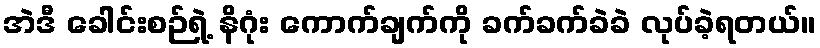
အဲဒီ ခေါင်းစဉ်ရဲ့ နိဂုံး ကောက်ချက်ကို ခက်ခက်ခဲခဲ လုပ်ခဲ့ရတယ်။